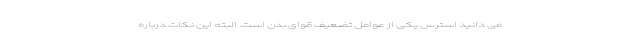
می دانید استرس یکی از عوامل تضعیف قوای بدن است. البته این نکات درباره